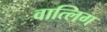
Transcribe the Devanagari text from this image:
वात्लिग